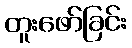
တူးဖော်ခြင်း